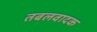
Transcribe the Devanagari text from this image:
तबलवादक